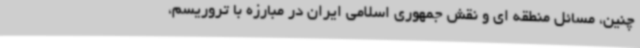
چنین، مسائل منطقه ای و نقش جمهوری اسلامی ایران در مبارزه با تروریسم،